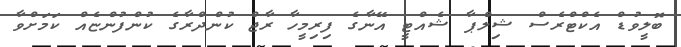
ބޮލީވުޑް އެކްޓްރެސް ޝިލްޕާ ޝެއްޓީ އޭނާގެ ފިރިމީހާ ރާޖް ކުންދްރާގެ ކުންފުންޏެއް ކަމަށްވާ